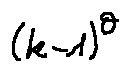
( k - 1 ) \theta